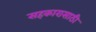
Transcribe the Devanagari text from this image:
सहकारासाठी